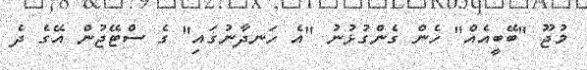
މުޖޫ "ބޭބީއެއް" ހެން ގެންގުޅުނު "އެ ހަނދާނުގައި" ގެ ސްޓޭޖުން އޭގެ ދެ